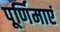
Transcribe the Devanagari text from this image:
पूर्णिमाएं